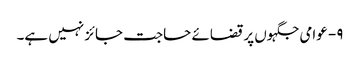
۹- عوامی جگہوں پر قضائے حاجت جائز نہیں ہے۔